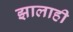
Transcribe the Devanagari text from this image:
झालाही